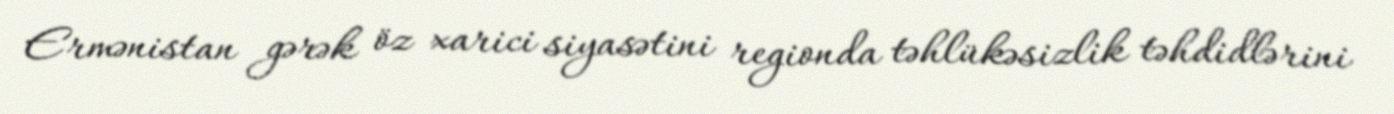
Ermənistan gərək öz xarici siyasətini regionda təhlükəsizlik təhdidlərini